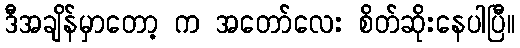
ဒီအချိန်မှာတော့ က အတော်လေး စိတ်ဆိုးနေပါပြီ။